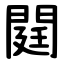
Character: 閮